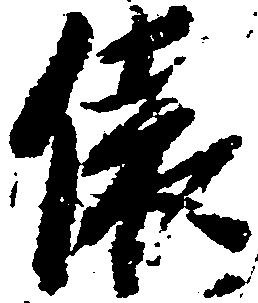
俵